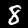
Digit: 8